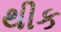
થીક